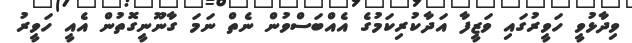
ވިދާޅުވީ ހަވީރުގައި ވަޒީފާ އަދާކުރިކަމުގެ އެއްބަސްވުން ނެތް ނަމަ ގާނޫނީގޮތުން އެއީ ހަވީރު